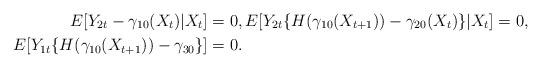
LaTeX: \begin{align*}E[Y_{2t}-\gamma_{10}(X_{t})|X_{t}] & =0,E[Y_{2t}\{H(\gamma_{10}(X_{t+1}))-\gamma_{20}(X_{t})\}|X_{t}]=0,\\E[Y_{1t}\{H(\gamma_{10}(X_{t+1}))-\gamma_{30}\}] & =0.\end{align*}